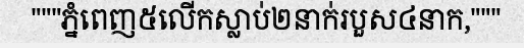
"""ភ្នំពេញ៥លើកស្លាប់២នាក់របួស៤នាក,"""